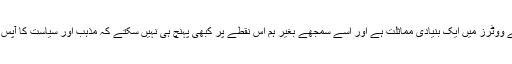
ان دونوں اقسام کے ووٹرز میں ایک بنیادی مماثلت ہے اور اسے سمجھے بغیر ہم اس نقطے پر کبھی پہنچ ہی نہیں سکتے کہ مذہب اور سیاست کا آپس میں کیا تعلق ہے۔